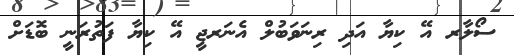
ސޯލާރ އޭ ކިޔާ އަދި ރިނަވަބުލް އެނަރޖީ އޭ ކިޔާ ފަތުރަނީ ބޮޑަށް